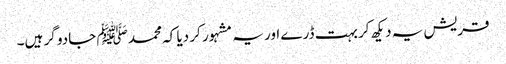
قریش یہ دیکھ کر بہت ڈرے اور یہ مشہور کر دیا کہ محمد ﷺ جادو گر ہیں۔